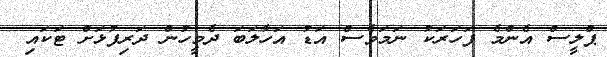
ޕްލީސް އެންމެ ފަހަރަކު ނަމަވެސް އަޑު އަހާލަބަ ދެމީހުން ދަރިފުޅަށް ޓަަކައި